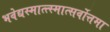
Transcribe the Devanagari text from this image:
भवेद्यस्मात्त्स्मात्सर्वोत्तमा